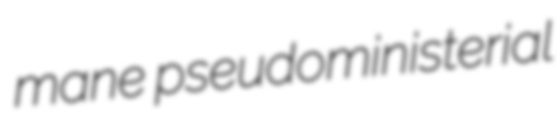
mane pseudoministerial